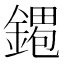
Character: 𫒹